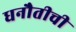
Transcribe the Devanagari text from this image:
धनौतीची